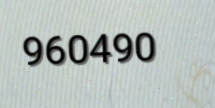
960490